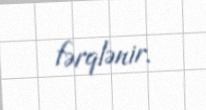
fərqlənir.